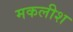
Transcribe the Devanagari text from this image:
मकलीश